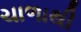
ચાળાથી